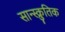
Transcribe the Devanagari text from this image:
सान्स्क्रुतिक